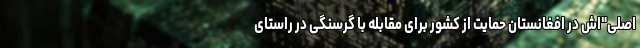
اصلی"اش در افغانستان حمایت از کشور برای مقابله با گرسنگی در راستای